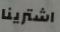
اشترينا